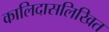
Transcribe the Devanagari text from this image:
कालिदासलिखित